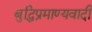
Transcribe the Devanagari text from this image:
बुद्धिप्रमाण्यवादी